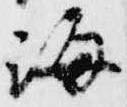
海